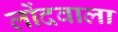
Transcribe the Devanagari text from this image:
लोंदवाला